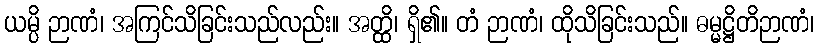
ယမ္ပိ ဉာဏံ၊ အကြင်သိခြင်းသည်လည်း။ အတ္ထိ၊ ရှိ၏။ တံ ဉာဏံ၊ ထိုသိခြင်းသည်။ ဓမ္မဋ္ဌိတိဉာဏံ၊